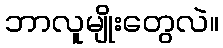
ဘာလူမျိုးတွေလဲ။